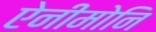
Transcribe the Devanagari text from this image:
ऐनीमोनि